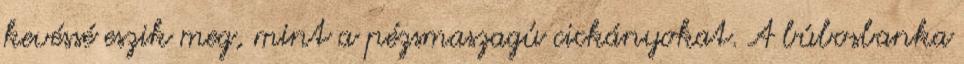
kevéssé eszik meg, mint a pézsmaszagú cickányokat. A búbosbanka